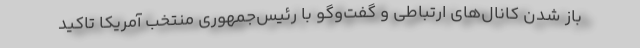
باز شدن کانال‌های ارتباطی و گفت‌و‌گو با رئیس‌جمهوری منتخب آمریکا تاکید